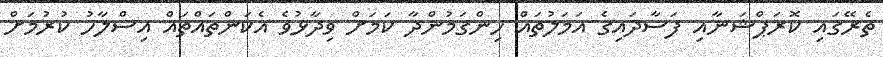
ތެރޭގައި ކޮރަޕްޝަނާއި ފަސާދައިގެ އަމަލުތައް ހިންގަމުންދާ ކަމަށް ވިދާޅުވެ އެކަންތައްތައް އިސްލާހު ކުރުމަށް